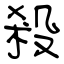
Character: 殺